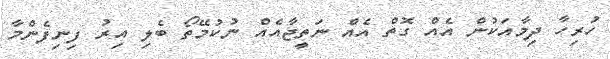
ހުރިހާ ދިމާއަކުން އެއް ގޮތް އެއް ނަތީޖާއެއް ނުކުމޭތޯ ބެލި އިރު ފިނިފެންމާ